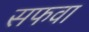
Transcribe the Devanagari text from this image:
सफवा